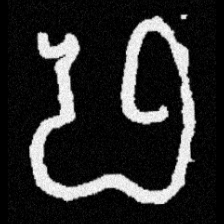
Pyu character \u2014 Myanmar letter: ဖ (romanized: pha)